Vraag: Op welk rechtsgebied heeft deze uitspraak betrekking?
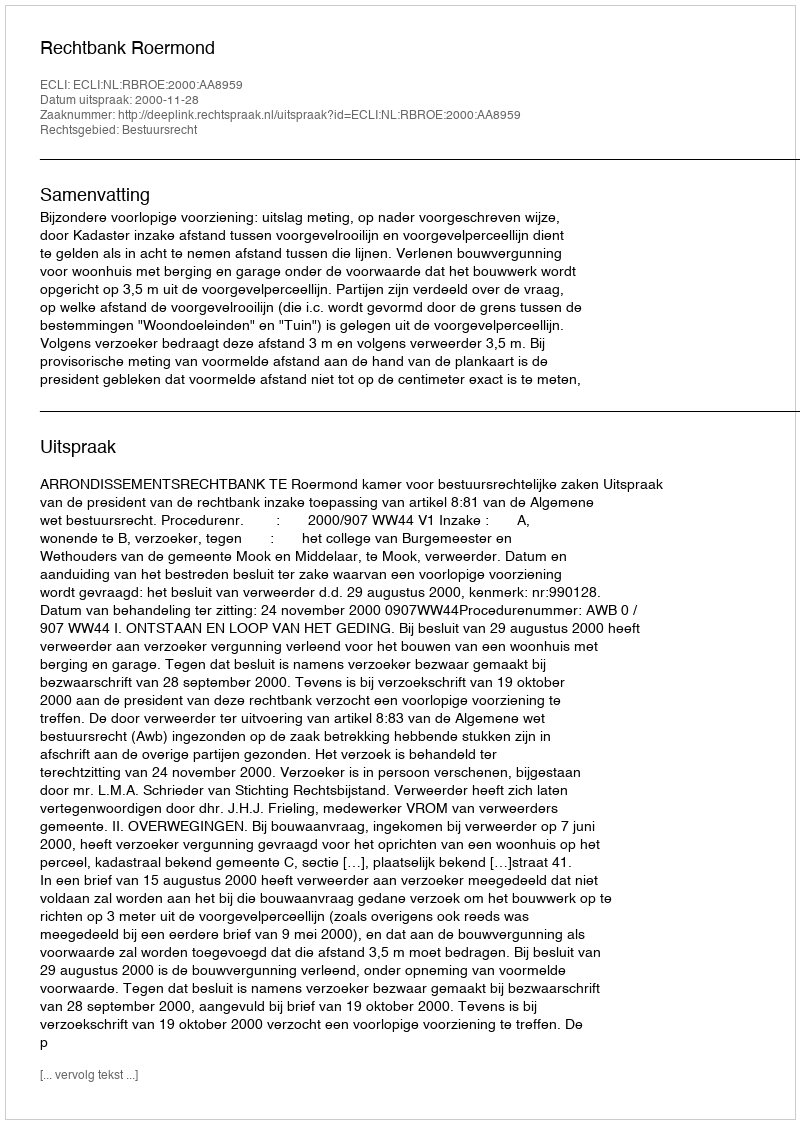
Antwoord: Bestuursrecht